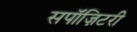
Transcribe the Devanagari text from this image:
सपॉज़िटरी